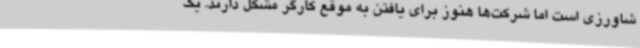
شاورزی است اما شرکت‌ها هنوز برای یافتن به موقع کارگر مشکل دارند. یک